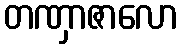
တဏှာဇာလော